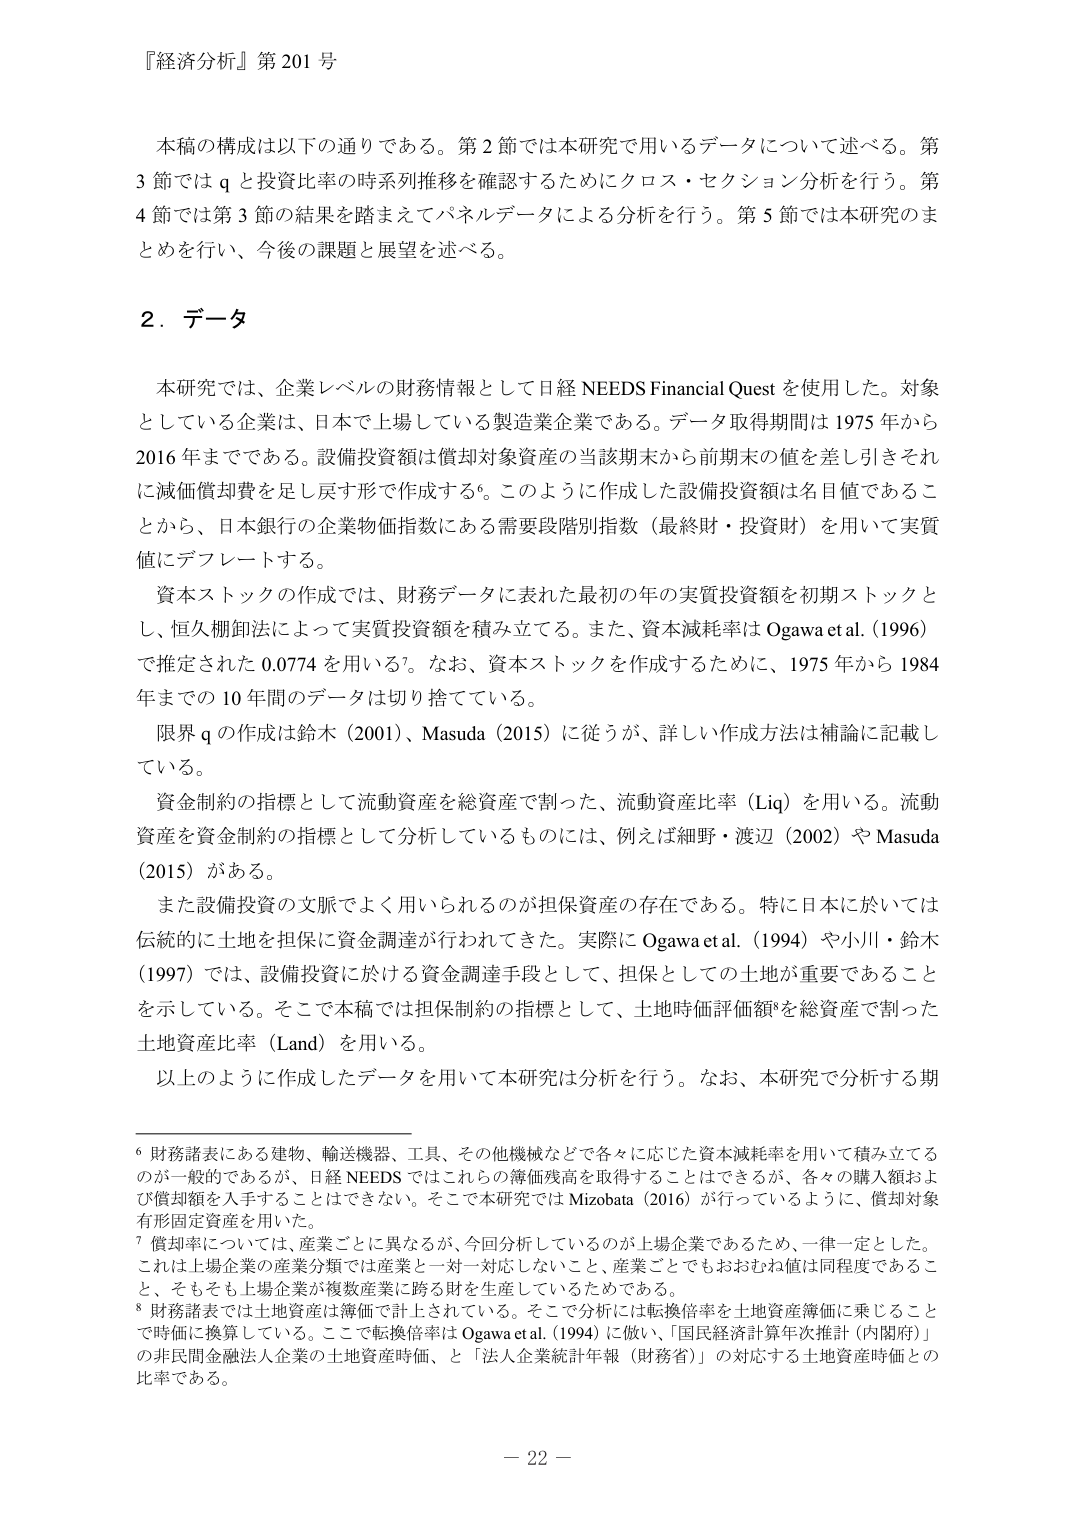
『経済分析』第201号

本稿の構成は以下の通りである。第2節では本研究で用いるデータについて述べる。第3節ではqと投資比率の時系列推移を確認するためにクロス・セクション分析を行う。第4節では第3節の結果を踏まえてパネルデータによる分析を行う。第5節では本研究のまとめを行い、今後の課題と展望を述べる。

2．データ

本研究では、企業レベルの財務情報として日経NEEDS Financial Questを使用した。対象としている企業は、日本で上場している製造業企業である。データ取得期間は1975年から2016年までである。設備投資額は償却対象資産の当該期末から前期末の値を差し引きそれに減価償却費を足し戻す形で作成する⁶。このように作成した設備投資額は名目値であることから、日本銀行の企業物価指数にある需要段階別指数（最終財・投資財）を用いて実質値にデフレートする。

資本ストックの作成では、財務データに表れた最初の年の実質投資額を初期ストックとし、恒久棚卸法によって実質投資額を積み立てる。また、資本減耗率はOgawa et al.（1996）で推定された0.0774を用いる⁷。なお、資本ストックを作成するために、1975年から1984年までの10年間のデータは切り捨てている。

限界qの作成は鈴木（2001）、Masuda（2015）に従うが、詳しい作成方法は補論に記載している。

資金制約の指標として流動資産を総資産で割った、流動資産比率（Liq）を用いる。流動資産を資金制約の指標として分析しているものには、例えば細野・渡辺（2002）やMasuda（2015）がある。

また設備投資の文脈でよく用いられるのが担保資産の存在である。特に日本に於いては伝統的に土地を担保に資金調達が行われてきた。実際にOgawa et al.（1994）や小川・鈴木（1997）では、設備投資に於ける資金調達手段として、担保としての土地が重要であることを示している。そこで本稿では担保制約の指標として、土地時価評価額⁸を総資産で割った土地資産比率（Land）を用いる。

以上のように作成したデータを用いて本研究は分析を行う。なお、本研究で分析する期

⁶ 財務諸表にある建物、輸送機器、工具、その他機械などで各々に応じた資本減耗率を用いて積み立てるのが一般的であるが、日経NEEDSではこれらの簿価残高を取得することはできるが、各々の購入額および償却額を入手することはできない。そこで本研究ではMizobata（2016）が行っているように、償却対象有形固定資産を用いた。

⁷ 償却率については、産業ごとに異なるが、今回分析しているのが上場企業であるため、一律一定とした。これは上場企業の産業分類では産業と一対一対応しないこと、産業ごとでもおおむね値は同程度であること、そもそも上場企業が複数産業に跨る財を生産しているためである。

⁸ 財務諸表では土地資産は簿価で計上されている。そこで分析には転換倍率を土地資産簿価に乗じることで時価に換算している。ここで転換倍率はOgawa et al.（1994）に倣い、「国民経済計算年次推計（内閣府）」の非民間金融法人企業の土地資産時価、と「法人企業統計年報（財務省）」の対応する土地資産時価との比率である。

－22－